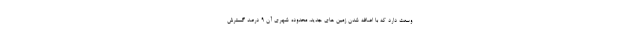
وسعت دارد که با اضافه شدن زمین های جدید، محدوده شهری آن ۹ درصد گسترش